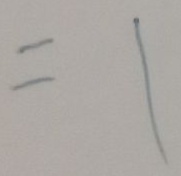
= 1